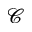
\mathcal C